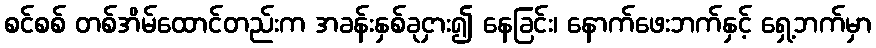
စင်စစ် တစ်အိမ်ထောင်တည်းက အခန်းနှစ်ခုငှား၍ နေခြင်း၊ နောက်ဖေးဘက်နှင့် ရှေ့ဘက်မှာ